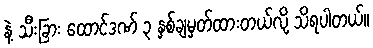
နဲ့ သီးခြား ထောင်ဒဏ် ၃ နှစ်ချမှတ်ထားတယ်လို့ သိရပါတယ်။